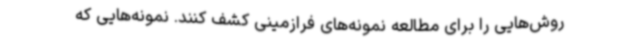
روش‌هایی را برای مطالعه نمونه‌های فرازمینی کشف کنند. نمونه‌هایی که